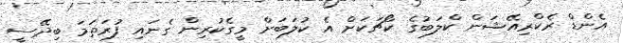
އެންޑް ރެކްރިއޭޝަން ކްލަބުގެ ކޯޗަކަށް އެ ކުލަބަށް މީގެކުރިން ގެނައި ފުރަތަމަ ބިދޭސީ